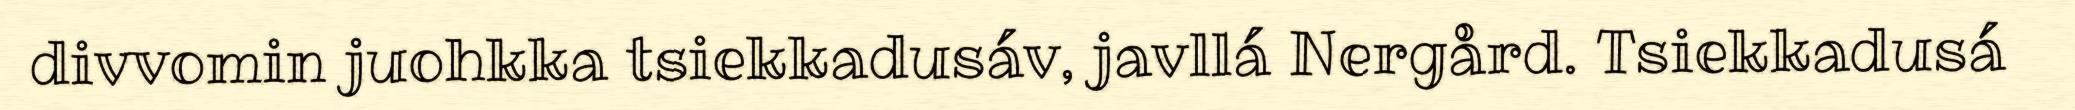
divvomin juohkka tsiekkadusáv, javllá Nergård. Tsiekkadusá